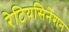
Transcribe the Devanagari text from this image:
रेटियसिनेशन